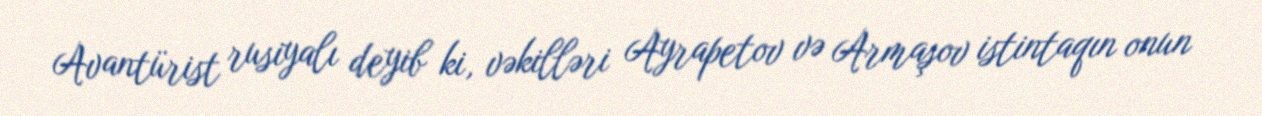
Avantürist rusiyalı deyib ki, vəkilləri Ayrapetov və Armaşov istintaqın onun